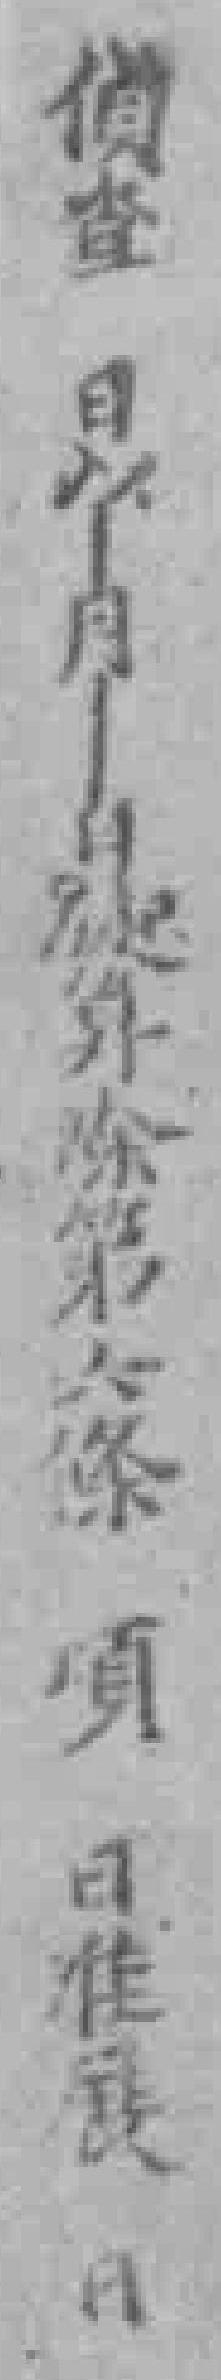
偵查 日*一月一日*算除第六條